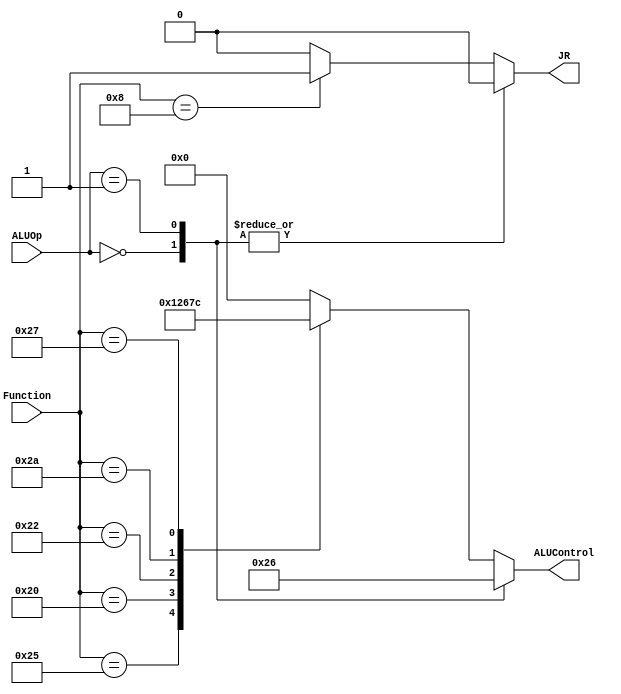
/*______________________________
         ALU_Control
  ______________________________*/
  
`timescale 1ns / 1ps

/* Connection Scheme:
	
	ALUOp [1:0] -> comes from the Control Unit
	Function [5:0] -> comes from bits 5:0 of the instruction

	ALUControl[1:0] -> connects to Operation[1:0]
	ALUControl[2] -> connects to Bnegate
	ALUControl[3] -> connects to A_invert 
*/	
	
module ALU_Control (
	
	output reg [3:0] ALUControl,
	output reg		  JR,				// Control Signal for Jump Register instruction		
	input      [1:0] ALUOp,
	input      [5:0] Function
	
	);
	
	// trigger whenever input changes
	always @(*) begin
		
		case (ALUOp)
			2'b00: begin									// + (lw, sw, addi)
				ALUControl <= 4'b0010;
				JR			  <= 0;
			end
			
			2'b01: begin									// - (slti, beq, bne)
				ALUControl <= 4'b0110;
				JR			  <= 0;
			end
			
			default: case(Function)
				
				6'b100100: begin							// AND
					ALUControl <= 4'b0000;
					JR			  <= 0;
				end
					
				6'b100101: begin							// OR
					ALUControl <= 4'b0001;
					JR			  <= 0;
				end
				
				6'b100000: begin							// ADD
					ALUControl <= 4'b0010;
					JR			  <= 0;
				end
				
				6'b100010: begin							// SUB
					ALUControl <= 4'b0110;
					JR			  <= 0;
				end
				
				6'b101010: begin							// SLT
					ALUControl <= 4'b0111;
					JR			  <= 0;
				end
				
				6'b100111: begin							// NOR
					ALUControl <= 4'b1100;
					JR			  <= 0;
				end
				
				6'b001000: begin							// JR
					ALUControl <= 4'b0000; //don't care
					JR			  <= 1;
				end
				
				default	: begin
					ALUControl <= 4'b000;
					JR			  <= 0;
				end
				
				endcase
		endcase
		
		$strobe ($time, ", ALUControl = %b", ALUControl);
		
	end
		
endmodule